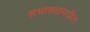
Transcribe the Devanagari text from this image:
सभासदामधील